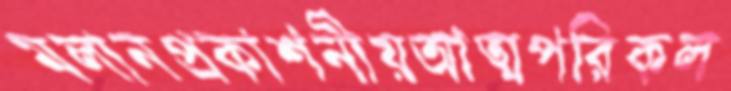
মলানপ্রকাশনীয়আত্মপরিকল